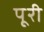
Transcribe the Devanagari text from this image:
पूूरी